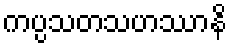
ကပ္ပသတသဟဿာနိ